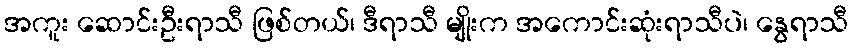
အကူး ဆောင်းဦးရာသီ ဖြစ်တယ်၊ ဒီရာသီ မျိုးက အကောင်းဆုံးရာသီပဲ၊ နွေရာသီ